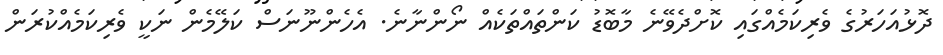
ދޮޅުއަހަރުގެ ވެރިކަމެއްގައި ކޮށްދެވޭނެ މާބޮޑު ކަންތައްތަކެއް ނޯންނާނެ. އެހެންނޫނަސް ކަލޭމެން ނަކީ ވެރިކަމެއްކުރަން